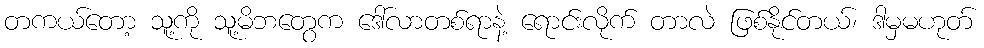
တကယ်တော့ သူ့ကို သူ့မိဘတွေက ဒေါ်လာတစ်ရာနဲ့ ရောင်းလိုက် တာလဲ ဖြစ်နိုင်တယ်၊ ဒါမှမဟုတ်